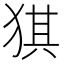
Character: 猉